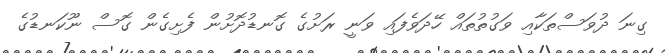
ގިނަ ދުވަސްތަކާއި ވަގުތުތައް ހޭދަވެފައި ވަނީ ރަށުގެ ގޮނޑުދޮށުން ފެށިގެން ގޮސް ނޫކަނޑުގެ